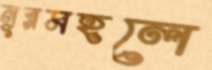
নূরমহলে